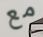
مع